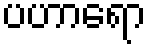
ပဟာရော